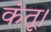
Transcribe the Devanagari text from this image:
कंतू।